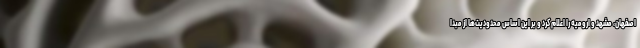
اصفهان، مشهد و ارومیه را اعلام کرد و بر این اساس محدودیت‌ها از مبدا